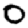
Digit: 0